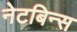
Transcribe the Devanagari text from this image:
नेटबिन्स